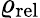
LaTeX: \varrho_{\mathrm{rel}}